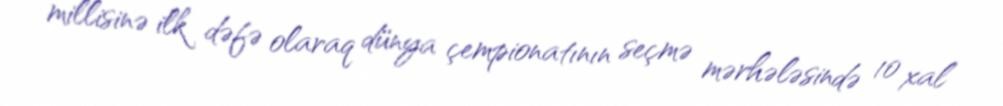
millisinə ilk dəfə olaraq dünya çempionatının seçmə mərhələsində 10 xal